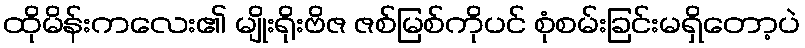
ထိုမိန်းကလေး၏ မျိုးရိုးဗိဇ ဇစ်မြစ်ကိုပင် စုံစမ်းခြင်းမရှိတော့ပဲ